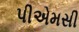
પીએમસી